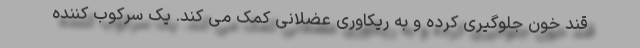
قند خون جلوگیری کرده و به ریکاوری عضلانی کمک می کند. یک سرکوب کننده